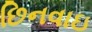
છિનવાઇ